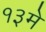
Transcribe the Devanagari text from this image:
१३मे